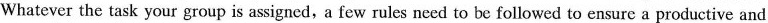
Whatever the task your group is assigned,a few rules need to be followed to ensure a productive and